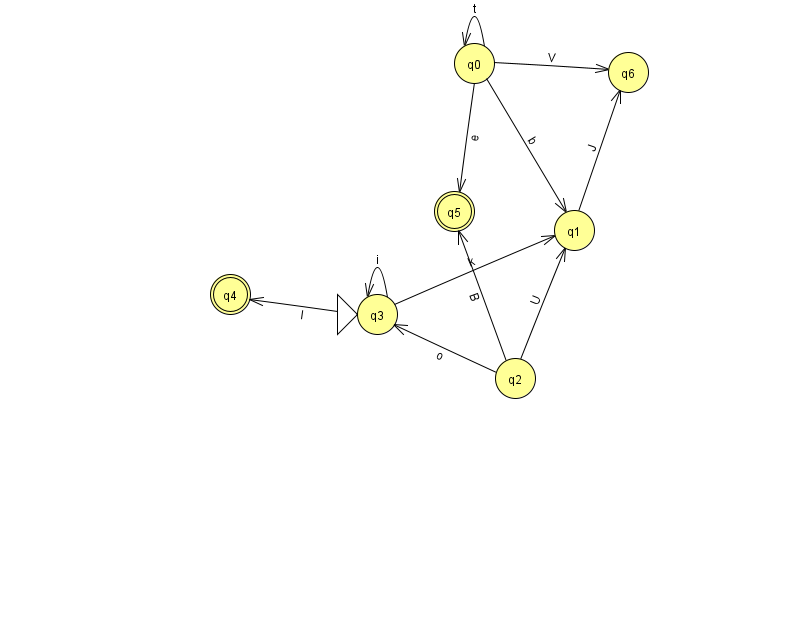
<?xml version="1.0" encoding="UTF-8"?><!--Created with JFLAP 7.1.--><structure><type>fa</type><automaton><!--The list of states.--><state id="0" name="q0"><x>474.0</x><y>50.0</y></state><state id="1" name="q1"><x>574.0</x><y>217.0</y></state><state id="2" name="q2"><x>515.0</x><y>365.0</y></state><state id="3" name="q3"><x>377.0</x><y>301.0</y><initial/></state><state id="4" name="q4"><x>230.0</x><y>281.0</y><final/></state><state id="5" name="q5"><x>454.0</x><y>198.0</y><final/></state><state id="6" name="q6"><x>628.0</x><y>59.0</y></state><!--The list of transitions.--><transition><from>0</from><to>1</to><read>b</read></transition><transition><from>2</from><to>1</to><read>U</read></transition><transition><from>0</from><to>0</to><read>t</read></transition><transition><from>0</from><to>6</to><read>V</read></transition><transition><from>3</from><to>1</to><read>k</read></transition><transition><from>2</from><to>3</to><read>o</read></transition><transition><from>3</from><to>4</to><read>l</read></transition><transition><from>2</from><to>5</to><read>B</read></transition><transition><from>3</from><to>3</to><read>i</read></transition><transition><from>0</from><to>5</to><read>e</read></transition><transition><from>1</from><to>6</to><read>J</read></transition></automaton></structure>